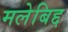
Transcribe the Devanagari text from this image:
मलेबिद्द